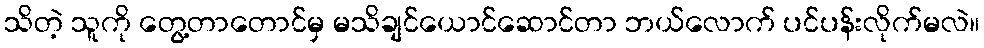
သိတဲ့ သူကို တွေ့တာတောင်မှ မသိချင်ယောင်ဆောင်တာ ဘယ်လောက် ပင်ပန်းလိုက်မလဲ။